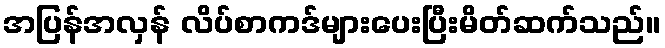
အပြန်အလှန် လိပ်စာကဒ်များပေးပြီးမိတ်ဆက်သည်။